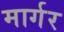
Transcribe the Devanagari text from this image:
मार्गर